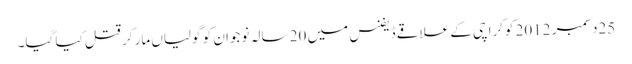
25دسمبر 2012 کوکراچی کے علاقے ڈیفنس میں 20 سالہ نوجوان کو گولیاں مار کر قتل کیا گیا۔